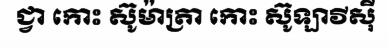
ជ្វា កោះ ស៊ូម៉ាត្រា កោះ ស៊ូឡាវីស៊ី